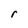
Character: r